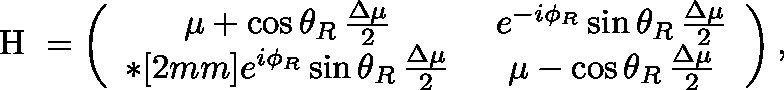
\mathrm { \boldmath ~ H ~ } = \left( \begin{array} { c c } { { \mu + \cos { \theta _ { R } } \, \frac { \Delta \mu } { 2 } \ } } & { { e ^ { - i \phi _ { R } } \sin { \theta _ { R } } \, \frac { \Delta \mu } { 2 } } } \\ { { * [ 2 m m ] e ^ { i \phi _ { R } } \sin { \theta _ { R } } \, \frac { \Delta \mu } { 2 } \ } } & { { \mu - \cos { \theta _ { R } } \, \frac { \Delta \mu } { 2 } } } \end{array} \right) ,